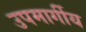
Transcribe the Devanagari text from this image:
उपमार्गीय